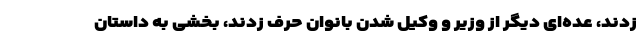
زدند، عده‌ای دیگر از وزیر و وکیل شدن بانوان حرف زدند، بخشی به داستان